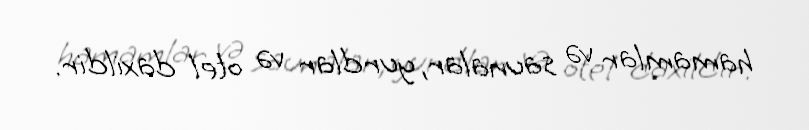
hamamlar və saunalar, yurdlar və otel daxildir.